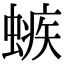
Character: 螏